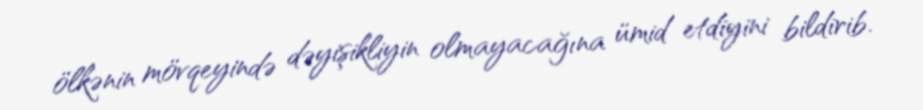
ölkənin mövqeyində dəyişikliyin olmayacağına ümid etdiyini bildirib.